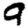
Digit: 9